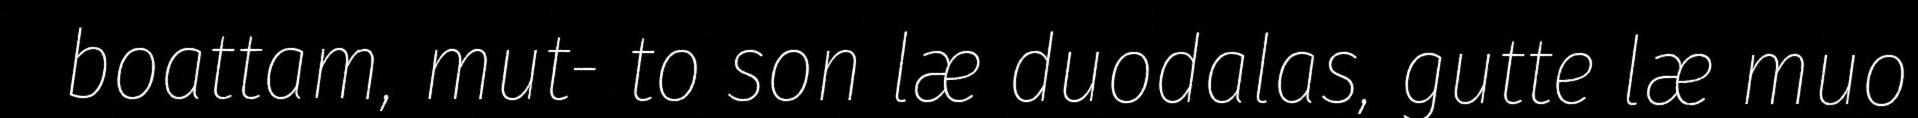
boattam, mut- to son læ duodalas, gutte læ muo